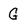
Character: G